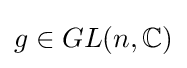
g\in GL(n,\mathbb {C} )